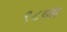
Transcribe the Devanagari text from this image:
९८व्या